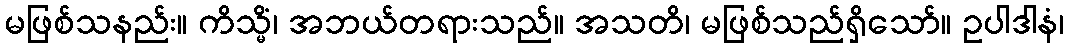
မဖြစ်သနည်း။ ကိသ္မိံ၊ အဘယ်တရားသည်။ အသတိ၊ မဖြစ်သည်ရှိသော်။ ဥပါဒါနံ၊